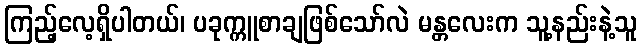
ကြည့်လေ့ရှိပါတယ်၊ ပခုက္ကူစာချဖြစ်သော်လဲ မန္တလေးက သူ့နည်းနဲ့သူ